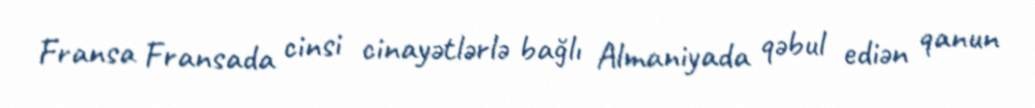
Fransa Fransada cinsi cinayətlərlə bağlı Almaniyada qəbul ediən qanun